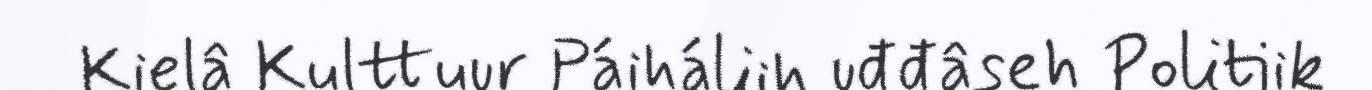
Kielâ Kulttuur Páiháliih uđđâseh Politiik